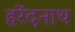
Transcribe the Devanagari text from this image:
हरेंदनाथ